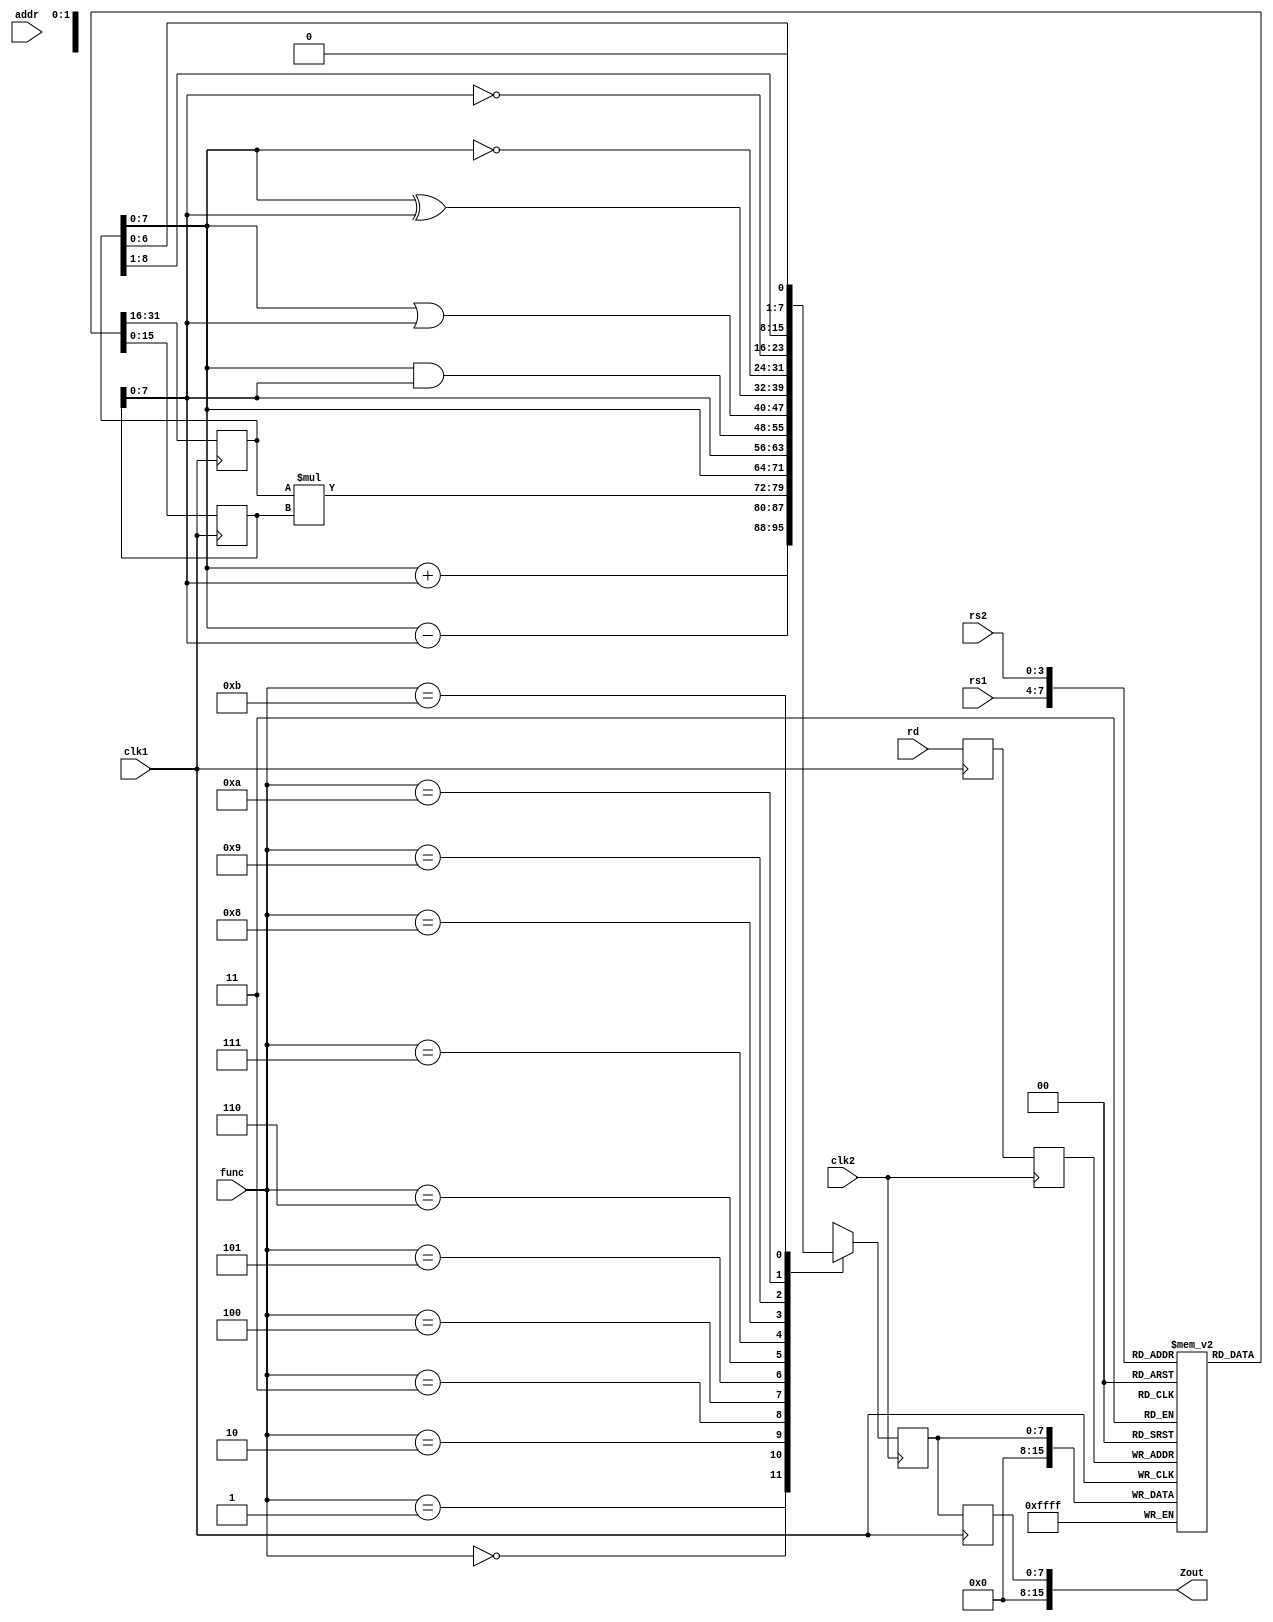
module ALU_pipeline (
  input clk1,	// two-phase clock
  input clk2,
  input [3:0] rs1,
  input [3:0] rs2,
  input [3:0] rd,
  input [3:0] func,
  input [7:0] addr,
  output [15:0] Zout
);
  
  reg [15:0] L12_A, L12_B;
  reg [3:0] L12_rd, L12_func; 
  reg [7:0] L12_addr;	//L12
  
  reg [7:0] L23_Z; 
  reg [3:0] L23_rd; 
  reg [7:0] L23_addr;	//L23
  
  reg [7:0] L34_Z; 
  reg [7:0] L34_addr;	//L34
  
  reg [15:0] regbank [0:15];
  reg [15:0] mem [0:255];
  
  assign Zout = L34_Z;
  
  // Stage 1 (S1) clk1
  always @ (posedge clk1) begin
    L12_A <= #2 regbank[rs1];
    L12_B <= #2 regbank[rs2];
    L12_rd <= #2 rd;
    L12_func <= #2 func;
    L12_addr <= #2 addr;
  end
  
  // Stage 2 (S2) clk2
  always @ (posedge clk2) begin
    case(func)
      0: L23_Z <= #2 L12_A + L12_B;
      1: L23_Z <= #2 L12_A - L12_B;
      2: L23_Z <= #2 L12_A * L12_B;
      3: L23_Z <= #2 L12_A;
      4: L23_Z <= #2 L12_B;
      5: L23_Z <= #2 L12_A & L12_B;
      6: L23_Z <= #2 L12_A | L12_B;
      7: L23_Z <= #2 L12_A ^ L12_B;
      8: L23_Z <= #2 ~L12_A;
      9: L23_Z <= #2 ~L12_B;
      10: L23_Z <= #2 L12_A >> 1;
      11: L23_Z <= #2 L12_A << 1;
      default: L23_Z <= #2 16'hxxxx;
    endcase
    L23_rd <= #2 L12_rd;
    L23_addr <= #2 L12_addr;
  end
  
  // Stage 3 (S3) clk1
  always @ (posedge clk1) begin
    regbank[L23_rd] <= #2 L23_Z;
    L34_Z <= #2 L23_Z;
    L34_addr <= #2 L23_addr;
  end
  
  // Stage 4 (S4) clk2
  always @ (posedge clk2) begin
    mem[L34_addr] <= #2 L34_Z;
  end
  
endmodule